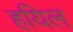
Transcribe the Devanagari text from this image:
हयिल